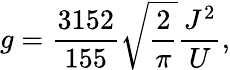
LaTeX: g=\frac{3152}{155}\sqrt{\frac{2}{\pi}}\frac{J^{2}}{U},